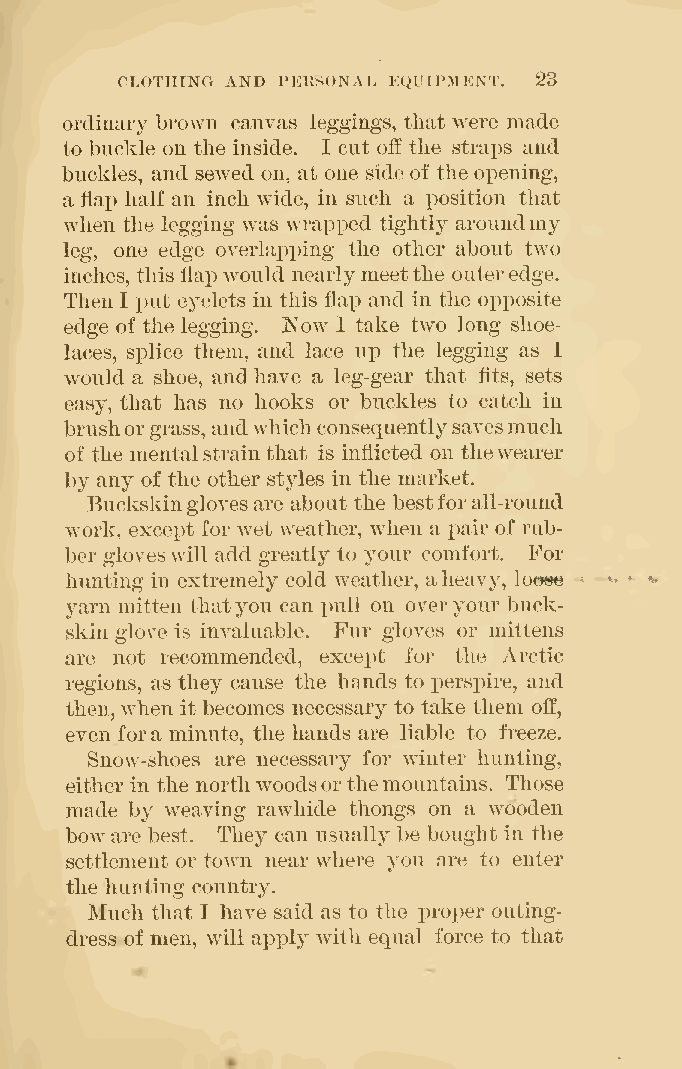
CLOTHING AND PERSONAL P:QUIPMENT. 23
 ordinary brown canvas leggings, that were made
 to buckle on the inside. I cut off the straps and
 buckles, and sewed on, at one sideof the opening,
 a liax3 liali' an inch wide, in such a position that
 when the legging was wrapped tightly aroundmy
 leg, one edge overlapping the other about two
 inches, this liap would nearlymeetthe outeredge.
 Then I i)ut eyelets in this flap and in the opposite
 edge of the legging. Now I take two long shoe-
 laces, splice them, and lace up the legging as I
 would a shoe, andhave a leg-gear that flts, sets
 easy, that has no hooks or buckles to catch in
 brushorgrass, andwhichconsequentlysavesmuch
 of the mentalstrain that is inflicted on thewearer
 by any of the other styles in the market.
 Buckskinglovesare about the bestforall-round
 work, except for wet weather, when a iDair of rub-
 ber gloveswill add greatly to your comfort. For
 hunting in extremely cold weather, aheavy, loom
 yarn mitten thatyou can pull on overyour buck-
 skin glove is invaluable. Fur gloves or mittens
 are not recommended, except for the Arctic
 regions, as they cause the hands to perspire, and
 then,when it becomes necessary to take them off,
 even fora minute, the hands are liable to freeze.
 Snow-shoes are necessary for winter hunting,
 either in the northwoodsorthemountains. Those
 made by weaving rawhide thongs on a wooden
 bow are best. They can usually be bought in the
 settlement or to^vn near where you are to enter
 the hunting country.
 Much that I have said as to the proper outing-
 dress of men, will apply with equal force to that